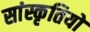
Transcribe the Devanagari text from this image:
सांस्कृतियों